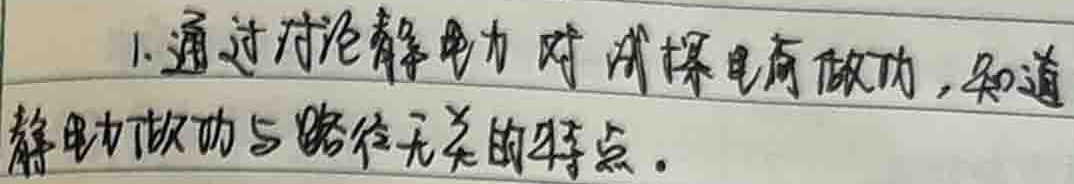
1.通过讨论静电力对试探电荷做功，知道
静电力做功与路径无关的特点。